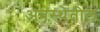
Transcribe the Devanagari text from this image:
अवस्‍थेतील